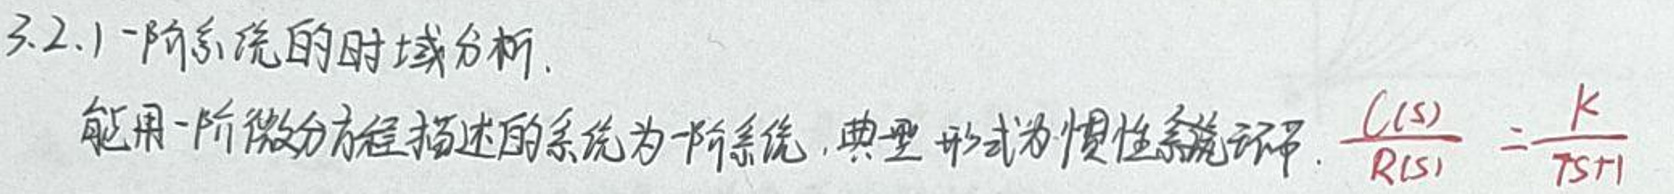
3.2.1 一阶系统的时域分析

能用一阶微分方程描述的系统为一阶系统，典型形式为惯性环节，\(\frac{C(s)}{R(s)}=\frac{K}{Ts+1}\)